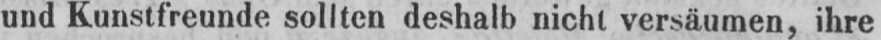
und Kunstfreunde sollten deshalb nicht versäumen, ihre